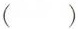
()